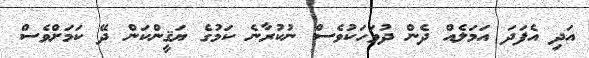
އަދި އެފަދަ އަމަލެއް ދެން ދުވަހަކުވެސް ނުކުރާނެ ކަމުގެ ޔަޤީންކަން ދޭ ކަމަށްވެސް